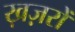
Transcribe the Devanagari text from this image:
ख़ज़रों